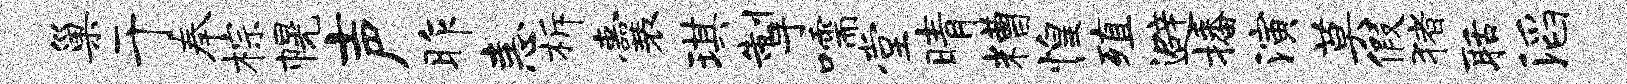
巢于奉棕幌声昨恚柝囊琪掣嚅堂晴糟惶殖避播演莫假猪聒滔